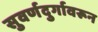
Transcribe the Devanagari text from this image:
सुवर्णदुर्गावरून